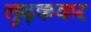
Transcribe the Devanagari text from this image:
लुढ़ककर